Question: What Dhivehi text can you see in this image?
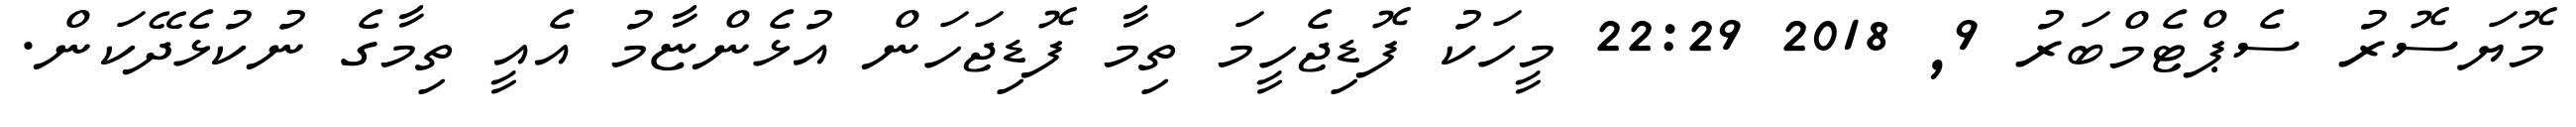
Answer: މޮޔަސޮރު ސެޕްޓެމްބަރު 9, 2018 22:29 މީހަކު ފޮޑިޖެހީމަ ތިމާ ފޮޑިޖަހަން އުޅެންޏާމު އެއީ ތިމާގެ ނުކުޅެދޭކަން.